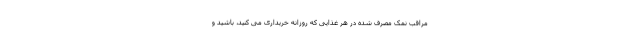
مراقب نمک مصرف شده در هر غذایی که روزانه خریداری می کنید، باشید و